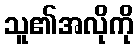
သူ၏အလိုကို